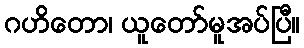
ဂဟိတော၊ ယူတော်မူအပ်ပြီ။